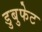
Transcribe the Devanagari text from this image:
डुबुफेट